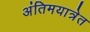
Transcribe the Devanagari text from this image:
अंतिमयात्रेत